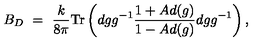
B _ { D } \ = \ \frac { k } { 8 \pi } \mathrm { T r } \left( d g g ^ { - 1 } \frac { 1 + A d ( g ) } { 1 - A d ( g ) } d g g ^ { - 1 } \right) ,